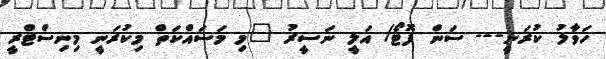
ހަވާލު ކުރަނީ--- ސަން ފޮޓޯ/ އަލީ ނަސީރު "މި މަސައްކަތް މިކުރަނީ މިނިސްޓްރީ